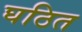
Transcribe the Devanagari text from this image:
घठित